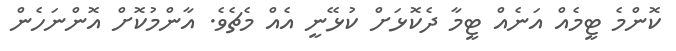
ކޮންމެ ޓީމެއް އަނެއް ޓީމާ ދެކޮޅަށް ކުޅޭނީ އެއް މެޗެވެ. އާންމުކޮށް އޮންނަހެން